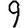
Digit: 9